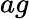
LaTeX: ag